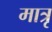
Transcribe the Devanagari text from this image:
मात्रृ